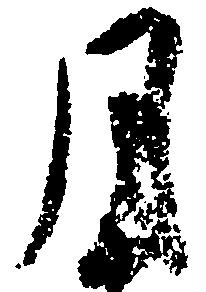
月